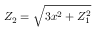
Z _ { 2 } = { \sqrt { 3 x ^ { 2 } + Z _ { 1 } ^ { 2 } } }